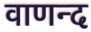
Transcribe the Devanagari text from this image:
वाणन्द